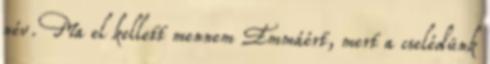
név. Ma el kellett mennem Emmáért, mert a cselédünk